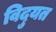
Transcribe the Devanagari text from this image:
विदुयत